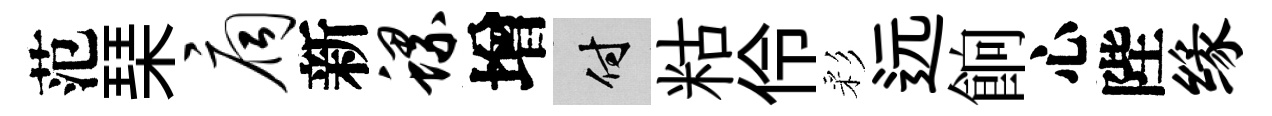
范琹扃新螺增付䊀伶彩远餉心陛缘